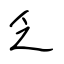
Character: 乏